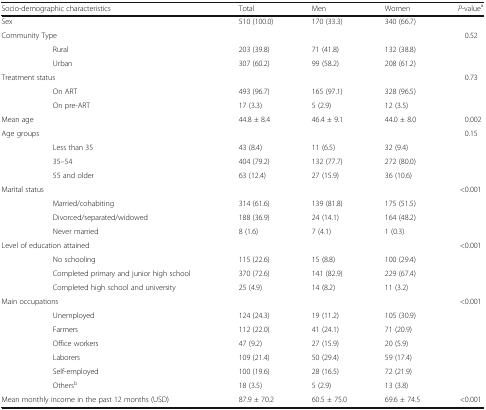
<table><thead><tr><td colspan="2"><b>Socio-demographic characteristics</b></td><td><b>Total</b></td><td><b>Men</b></td><td><b>Women</b></td><td><b><i>P</i>-value<sup>a</sup></b></td></tr></thead><tbody><tr><td colspan="2">Sex</td><td>510 (100.0)</td><td>170 (33.3)</td><td>340 (66.7)</td><td></td></tr><tr><td colspan="5">Community Type</td><td>0.52</td></tr><tr><td></td><td>Rural</td><td>203 (39.8)</td><td>71 (41.8)</td><td>132 (38.8)</td><td></td></tr><tr><td></td><td>Urban</td><td>307 (60.2)</td><td>99 (58.2)</td><td>208 (61.2)</td><td></td></tr><tr><td colspan="2">Treatment status</td><td></td><td></td><td></td><td>0.73</td></tr><tr><td></td><td>On ART</td><td>493 (96.7)</td><td>165 (97.1)</td><td>328 (96.5)</td><td></td></tr><tr><td></td><td>On pre-ART</td><td>17 (3.3)</td><td>5 (2.9)</td><td>12 (3.5)</td><td></td></tr><tr><td colspan="2">Mean age</td><td>44.8 ± 8.4</td><td>46.4 ± 9.1</td><td>44.0 ± 8.0</td><td>0.002</td></tr><tr><td colspan="5">Age groups</td><td>0.15</td></tr><tr><td></td><td>Less than 35</td><td>43 (8.4)</td><td>11 (6.5)</td><td>32 (9.4)</td><td></td></tr><tr><td></td><td>35–54</td><td>404 (79.2)</td><td>132 (77.7)</td><td>272 (80.0)</td><td></td></tr><tr><td></td><td>55 and older</td><td>63 (12.4)</td><td>27 (15.9)</td><td>36 (10.6)</td><td></td></tr><tr><td colspan="5">Marital status</td><td>&lt;0.001</td></tr><tr><td></td><td>Married/cohabiting</td><td>314 (61.6)</td><td>139 (81.8)</td><td>175 (51.5)</td><td></td></tr><tr><td></td><td>Divorced/separated/widowed</td><td>188 (36.9)</td><td>24 (14.1)</td><td>164 (48.2)</td><td></td></tr><tr><td></td><td>Never married</td><td>8 (1.6)</td><td>7 (4.1)</td><td>1 (0.3)</td><td></td></tr><tr><td colspan="5">Level of education attained</td><td>&lt;0.001</td></tr><tr><td></td><td>No schooling</td><td>115 (22.6)</td><td>15 (8.8)</td><td>100 (29.4)</td><td></td></tr><tr><td></td><td>Completed primary and junior high school</td><td>370 (72.6)</td><td>141 (82.9)</td><td>229 (67.4)</td><td></td></tr><tr><td></td><td>Completed high school and university</td><td>25 (4.9)</td><td>14 (8.2)</td><td>11 (3.2)</td><td></td></tr><tr><td colspan="5">Main occupations</td><td>&lt;0.001</td></tr><tr><td></td><td>Unemployed</td><td>124 (24.3)</td><td>19 (11.2)</td><td>105 (30.9)</td><td></td></tr><tr><td></td><td>Farmers</td><td>112 (22.0)</td><td>41 (24.1)</td><td>71 (20.9)</td><td></td></tr><tr><td></td><td>Office workers</td><td>47 (9.2)</td><td>27 (15.9)</td><td>20 (5.9)</td><td></td></tr><tr><td></td><td>Laborers</td><td>109 (21.4)</td><td>50 (29.4)</td><td>59 (17.4)</td><td></td></tr><tr><td></td><td>Self-employed</td><td>100 (19.6)</td><td>28 (16.5)</td><td>72 (21.9)</td><td></td></tr><tr><td></td><td>Others<sup>b</sup></td><td>18 (3.5)</td><td>5 (2.9)</td><td>13 (3.8)</td><td></td></tr><tr><td colspan="2">Mean monthly income in the past 12 months (USD)</td><td>87.9 ± 70.2</td><td>60.5 ± 75.0</td><td>69.6 ± 74.5</td><td>&lt;0.001</td></tr></tbody></table>